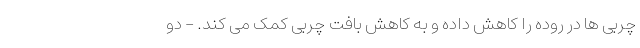
چربی ها در روده را کاهش داده و به کاهش بافت چربی کمک می کند. - دو